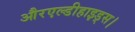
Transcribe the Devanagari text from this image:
औरएल्डीहाइड्स।